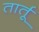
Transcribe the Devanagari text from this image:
तार्तू